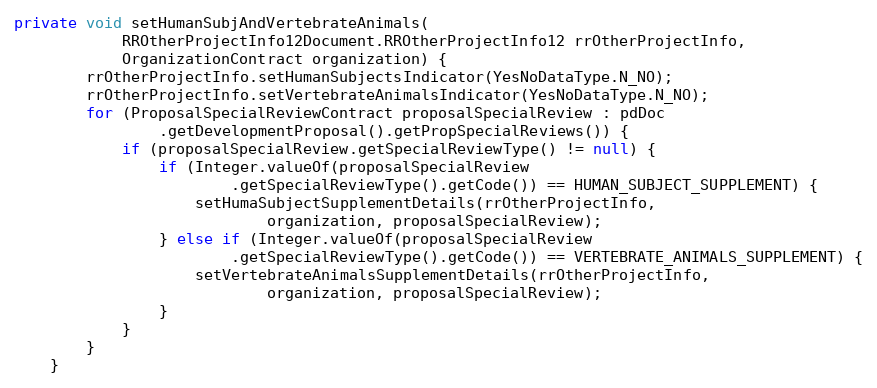
Language: Java
private void setHumanSubjAndVertebrateAnimals(
			RROtherProjectInfo12Document.RROtherProjectInfo12 rrOtherProjectInfo,
			OrganizationContract organization) {
		rrOtherProjectInfo.setHumanSubjectsIndicator(YesNoDataType.N_NO);
		rrOtherProjectInfo.setVertebrateAnimalsIndicator(YesNoDataType.N_NO);
		for (ProposalSpecialReviewContract proposalSpecialReview : pdDoc
				.getDevelopmentProposal().getPropSpecialReviews()) {
			if (proposalSpecialReview.getSpecialReviewType() != null) {
				if (Integer.valueOf(proposalSpecialReview
						.getSpecialReviewType().getCode()) == HUMAN_SUBJECT_SUPPLEMENT) {
					setHumaSubjectSupplementDetails(rrOtherProjectInfo,
                            organization, proposalSpecialReview);
				} else if (Integer.valueOf(proposalSpecialReview
						.getSpecialReviewType().getCode()) == VERTEBRATE_ANIMALS_SUPPLEMENT) {
					setVertebrateAnimalsSupplementDetails(rrOtherProjectInfo,
							organization, proposalSpecialReview);
				}
			}
		}
	}